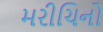
મરીચિનો